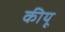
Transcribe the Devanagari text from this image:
कीयू